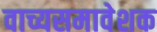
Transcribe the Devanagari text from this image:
वाच्यसमावेशक